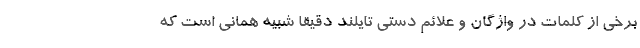
برخی از کلمات در واژگان و علائم دستی تایلند دقیقا شبیه همانی است که